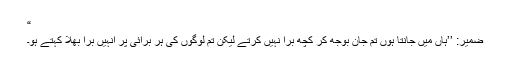
“
ضمیر: ’’ہاں میں جانتا ہوں تم جان بوجھ کر کچھ برا نہیں کرتے لیکن تم لوگوں کی ہر برائی پر انہیں برا بھلا کہتے ہو۔